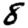
Digit: 8